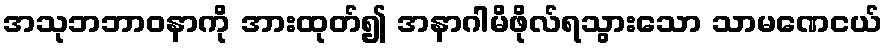
အသုဘဘာဝနာကို အားထုတ်၍ အနာဂါမိဖိုလ်ရသွားသော သာမဏေငယ်